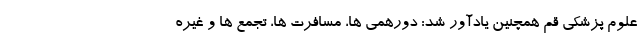
علوم پزشکی قم همچنین یادآور شد: دورهمی ها، مسافرت ها، تجمع ها و غیره